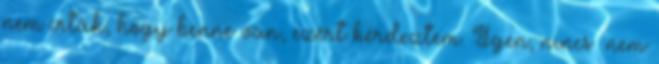
nem írták, hogy benne van, ezért kérdeztem. Igen, nincs nem